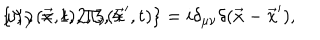
\{ \Psi _ { \mu } ( \vec { x } , t ) , \Pi _ { \nu } ( \vec { x } ^ { \prime } , t ) \} = i \delta _ { \mu \nu } \delta ( \vec { x } - \vec { x } ^ { \prime } ) , \hspace { 1 c m } \mu , \nu = 1 , 2 , 3 , 4